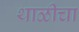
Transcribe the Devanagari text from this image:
थाळीचा